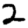
Digit: 2